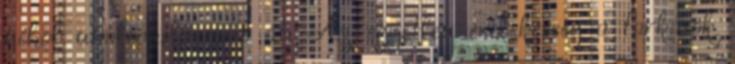
néhol unalmasba csap át. Az egyetlen érdekesség a farkasok